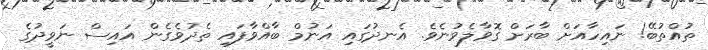
ތުއްތުބޭ! ނައިހާއަށް ބާރަށް ގޮވާލެވުނެވެ. އެނދުގައި އަނުމް ބާއްވާފައި ތެދުވެގެން އައިސް ނަވީދުގެ